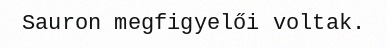
Sauron megfigyelői voltak.